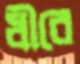
ধীরে